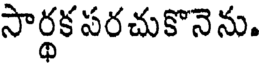
సార్థకపరచుకొనెను.